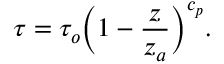
\tau = \tau _ { o } \bigg ( 1 - { \frac { z } { z _ { a } } } \bigg ) ^ { c _ { p } } .